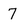
Character: 7